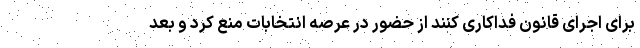
برای اجرای قانون فداکاری کنند از حضور در عرصه انتخابات منع کرد و بعد